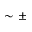
\sim \pm